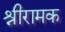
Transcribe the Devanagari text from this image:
श्रीरामक